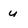
Character: u